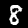
Label: 8